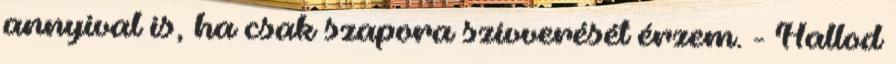
annyival is, ha csak szapora szívverését érzem. - Hallod